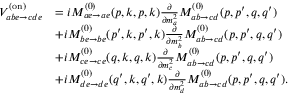
\begin{array} { r l } { V _ { a b e \to c d e } ^ { ( \mathrm { o n } ) } } & { = i M _ { a e \to a e } ^ { ( 0 ) } ( p , k , p , k ) \frac { \partial } { \partial m _ { a } ^ { 2 } } M _ { a b \to c d } ^ { ( 0 ) } ( p , p ^ { \prime } , q , q ^ { \prime } ) } \\ & { + i M _ { b e \to b e } ^ { ( 0 ) } ( p ^ { \prime } , k , p ^ { \prime } , k ) \frac { \partial } { \partial m _ { b } ^ { 2 } } M _ { a b \to c d } ^ { ( 0 ) } ( p , p ^ { \prime } , q , q ^ { \prime } ) } \\ & { + i M _ { c e \to c e } ^ { ( 0 ) } ( q , k , q , k ) \frac { \partial } { \partial m _ { c } ^ { 2 } } M _ { a b \to c d } ^ { ( 0 ) } ( p , p ^ { \prime } , q , q ^ { \prime } ) } \\ & { + i M _ { d e \to d e } ^ { ( 0 ) } ( q ^ { \prime } , k , q ^ { \prime } , k ) \frac { \partial } { \partial m _ { d } ^ { 2 } } M _ { a b \to c d } ^ { ( 0 ) } ( p , p ^ { \prime } , q , q ^ { \prime } ) . } \end{array}